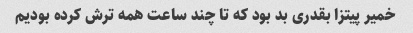
خمیر پیتزا بقدری بد بود که تا چند ساعت همه ترش کرده بودیم